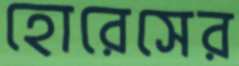
হোরেসের